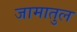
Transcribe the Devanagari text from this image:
जामातुल